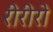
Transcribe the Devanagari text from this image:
रीरीरो